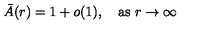
\bar { A } ( r ) = 1 + o ( 1 ) , \quad \mathrm { a s \ } r \to \infty